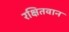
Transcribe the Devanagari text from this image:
रक्षितवान